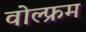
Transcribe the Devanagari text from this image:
वोल्फ्रम